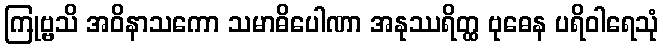
ကြုဗ္ဗသိ အဝိနာသကော သမာဓိပေါဏာ အနုဿရိတ္ထ ဗုဓေန ပရိဝါရေသုံ